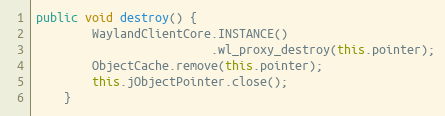
Language: Java
public void destroy() {
        WaylandClientCore.INSTANCE()
                         .wl_proxy_destroy(this.pointer);
        ObjectCache.remove(this.pointer);
        this.jObjectPointer.close();
    }